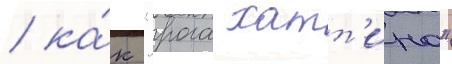
/ ка́к "рога хатт'ина"